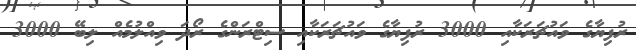
ރުފިޔާގެ ވައުޗަރަކާއި 3000 ރުފިޔާގެ ވައުޗަރަކާއި ސިޓްރަންގެ ރޯދަ ވިއްލުމެއް ލިބޭ 3000